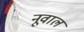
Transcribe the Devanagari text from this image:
नूवाल